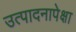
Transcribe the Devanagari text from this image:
उत्पादनापेक्षा